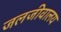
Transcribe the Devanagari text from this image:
जलजीवालय